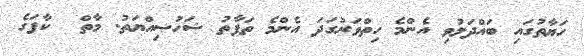
ހަޔާތުގައި ބައްދަލުވި އެންމެ ހިތްވަރުގަދަ އެންމެ ތަފާތު ޝަހުޞިއްޔަތު. މާތް  ކާފަގެ